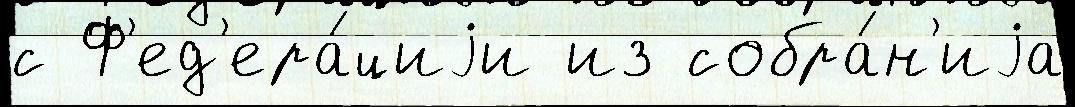
с Ф'ед'ера́циjи из собра́н'иjа